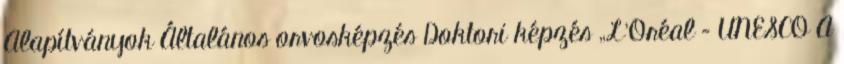
Alapítványok Általános orvosképzés Doktori képzés „L’Oréal – UNESCO A